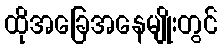
ထိုအခြေအနေမျိုးတွင်